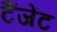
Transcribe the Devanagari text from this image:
टैंजेंट